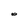
Character: O